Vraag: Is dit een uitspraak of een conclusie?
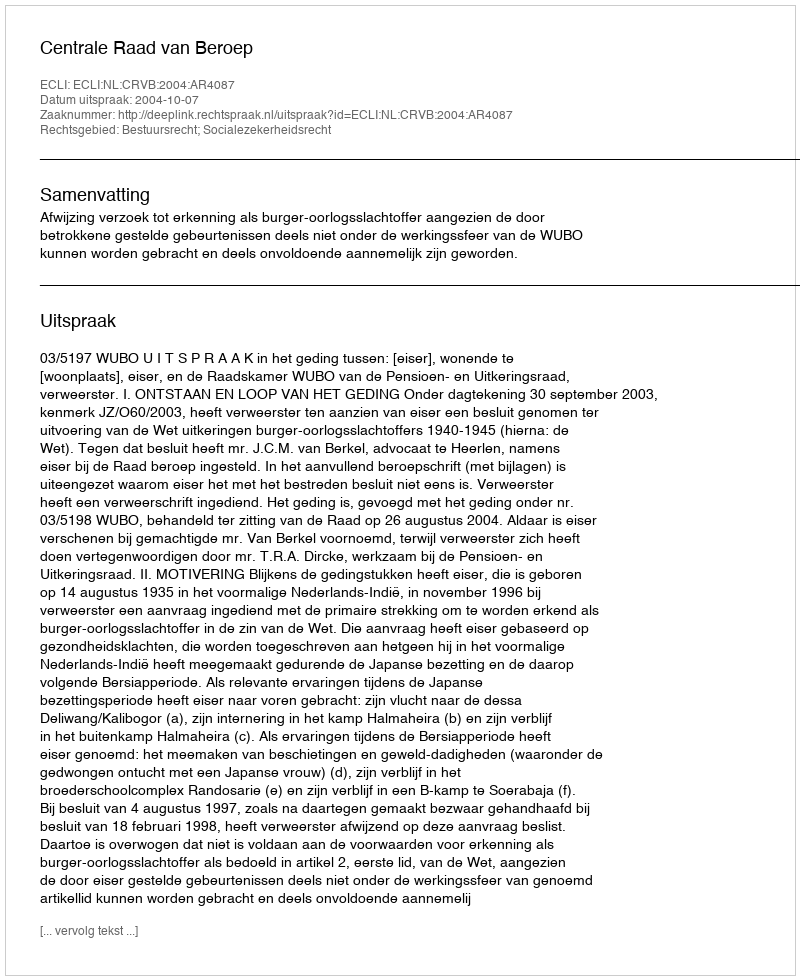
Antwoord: Uitspraak